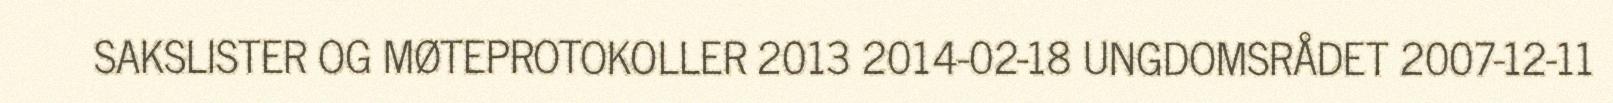
SAKSLISTER OG MØTEPROTOKOLLER 2013 2014-02-18 UNGDOMSRÅDET 2007-12-11